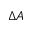
\Delta A